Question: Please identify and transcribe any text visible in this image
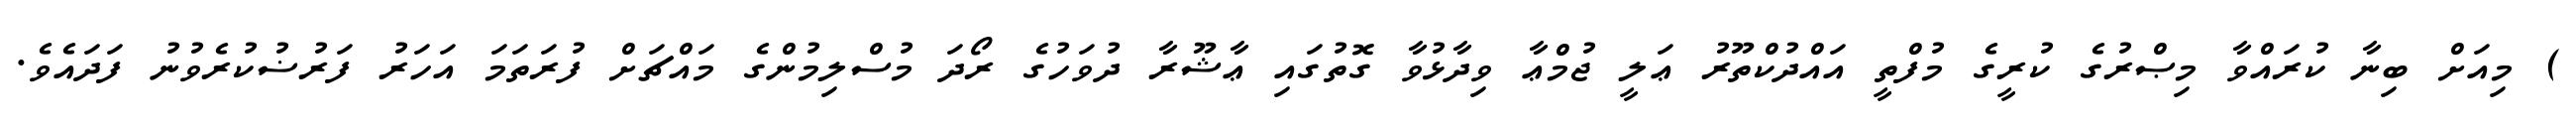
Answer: ) މިއަށް ބިނާ ކުރައްވާ މިޞްރުގެ ކުރީގެ މުފްތީ އައްދުކްތޫރު ޢަލީ ޖުމްޢާ ވިދާޅުވާ ގޮތުގައި ޢާޝޫރާ ދުވަހުގެ ރޯދަ މުސްލިމުންގެ މައްޗަށް ފުރަތަމަ އަހަރު ފަރުޟުކުރެވުނު ފަދައެވެ.